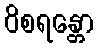
ဝိစရန္တော